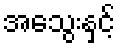
အသွေးနှင့်